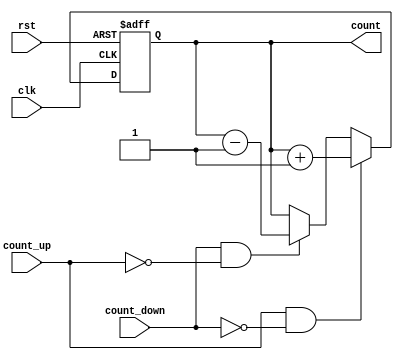
module chained_parallel_counter (
    input wire clk,          // Clock signal
    input wire rst,          // Asynchronous reset signal
    input wire count_up,     // Control signal for counting up
    input wire count_down,   // Control signal for counting down
    output reg [3:0] count   // 4-bit binary counter output (can be modified for wider range)
);

// Asynchronous reset and counting logic
always @(posedge clk or posedge rst) begin
    if (rst) begin
        count <= 4'b0000; // Reset the counter to 0
    end else begin
        if (count_up && !count_down) begin
            count <= count + 1; // Increment the counter
        end else if (count_down && !count_up) begin
            count <= count - 1; // Decrement the counter
        end
        // No operation if both count_up and count_down are high or both low
    end
end

endmodule